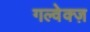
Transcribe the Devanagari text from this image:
गल्वेक्ज़